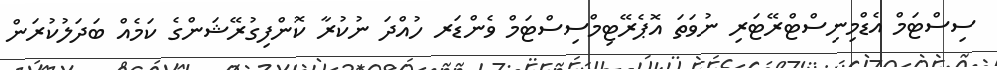
ސިސްޓަމް އެޑްމިނިސްޓްރޭޓަރި ނުވަތަ އޮޕެރޭޓިމްސިސްޓަމް ވެންޑަރ ހުއްދަ ނުކުރާ ކޮންފިގުރޭޝަންގެ ކަމެއް ބަދަލުކުރަން